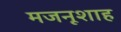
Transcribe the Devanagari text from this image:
मजनूशाह